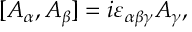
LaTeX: [ A _ { \alpha } , A _ { \beta } ] = i \varepsilon _ { \alpha \beta \gamma } A _ { \gamma } ,